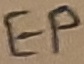
Text: EP